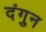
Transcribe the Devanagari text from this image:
दंगुन